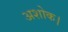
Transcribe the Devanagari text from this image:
अशोक।